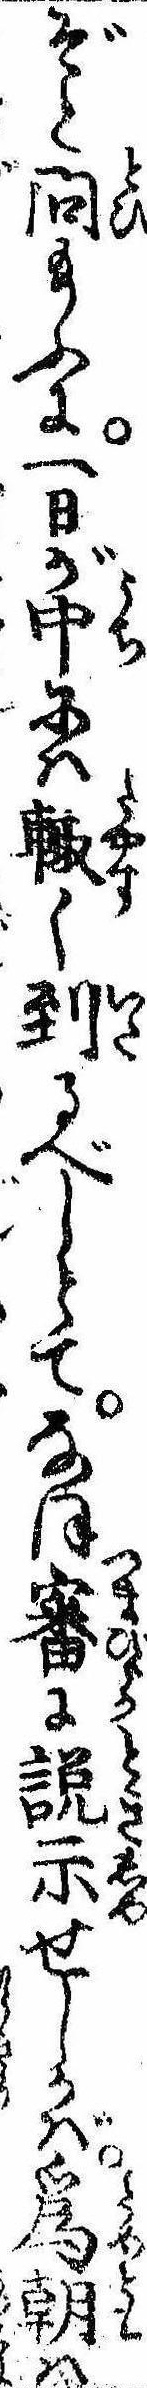
ぞと問給ふに一日が中には輙く到るべしとてなほ審に説示せしかば為朝は